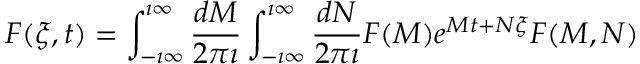
F ( \xi , t ) = \int _ { - \imath \infty } ^ { \imath \infty } \frac { d M } { 2 \pi \imath } \int _ { - \imath \infty } ^ { \imath \infty } \frac { d N } { 2 \pi \imath } F ( M ) e ^ { M t + N \xi } F ( M , N )